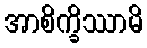
အာစိက္ခိဿာမိ